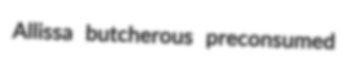
Allissa butcherous preconsumed